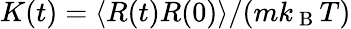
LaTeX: K(t)=\left\langle R(t)R(0)\right\rangle/(mk_{\mathrm{~B~}}T)